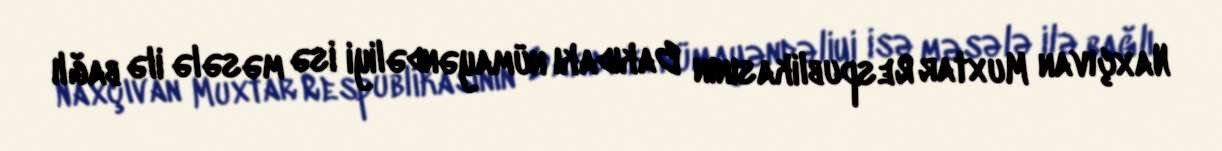
Naxçıvan Muxtar Respublikasının Bakıdakı nümayəndəliyi isə məsələ ilə bağlı